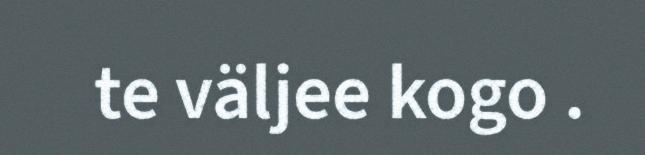
te väljee kogo .